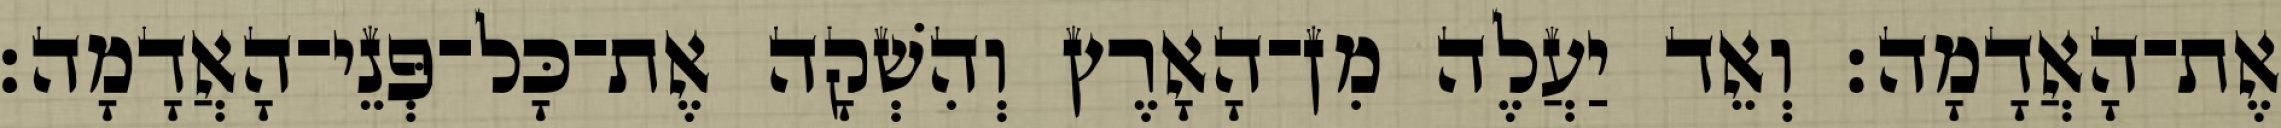
אֶת־הָאֲדָמָה׃ וְאֵד יַעֲלֶה מִן־הָאָרֶץ וְהִשְׁקָה אֶת־כָּל־פְּנֵי־הָאֲדָמָה׃